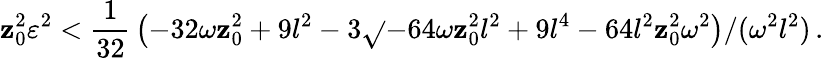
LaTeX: \mathbf{z}_{0}^{2}\varepsilon^{2}<{\frac{{1}}{{32}}}\left(-32\omega\mathbf{z}_{0}^{2}+9l^{2}-3\sqrt{}{{-64\omega\mathbf{z}_{0}^{2}l^{2}+9l^{4}-64l^{2}\mathbf{z}_{0}^{2}\omega^{2}}}\right)/(\omega^{2}l^{2})\, .